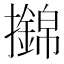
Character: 𢸼